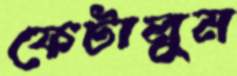
ফেটালুম